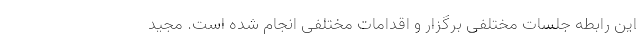
این رابطه جلسات مختلفی برگزار و اقدامات مختلفی انجام شده است. مجید